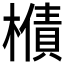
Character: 𱤣